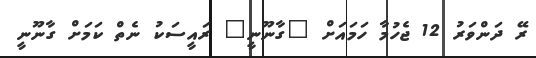
ރޭ ދަންވަރު 12 ޖެހުމާ ހަމައަށް "ގާނޫނީ" ރައީސަކު ނެތް ކަމަށް ގާނޫނީ